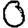
Digit: 0